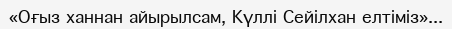
«Оғыз ханнан айырылсам, Күллі Сейілхан елтіміз»...